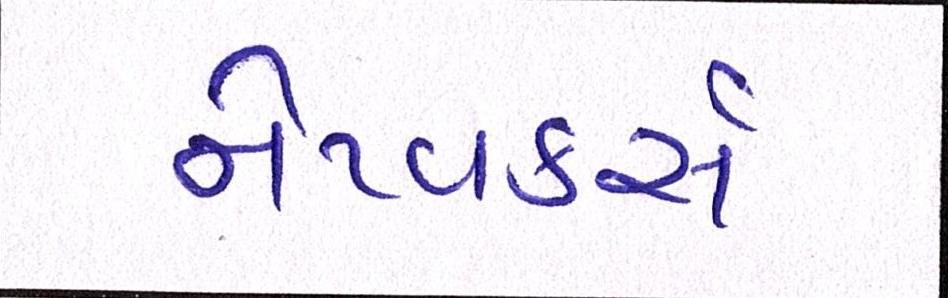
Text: નેટવર્ક્સ